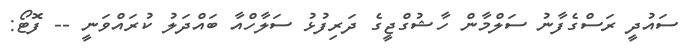
ސައުދީ ރަސްގެފާނު ސަލްމާން ހާޝުގްޖީގެ ދަރިފުޅު ސަލާހްއާ ބައްދަލު ކުރައްވަނީ -- ފޮޓޯ: